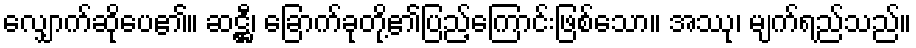
လျှောက်ဆိုပေ၏။ ဆဋ္ဌီ၊ ခြောက်ခုတို့၏ပြည့်ကြောင်းဖြစ်သော။ အဿု၊ မျက်ရည်သည်။